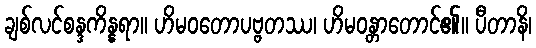
ချစ်လင်စန္ဒကိန္နရာ။ ဟိမဝတောပဗ္ဗတဿ၊ ဟိမဝန္တာတောင်၏။ ပီတာနိ၊